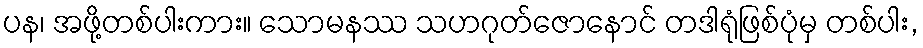
ပန၊ အဖို့တစ်ပါးကား။ သောမနဿ သဟဂုတ်ဇောနောင် တဒါရုံဖြစ်ပုံမှ တစ်ပါး,